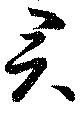
君